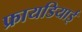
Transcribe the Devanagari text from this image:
फ्रायडियाई